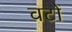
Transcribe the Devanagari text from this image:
वटों